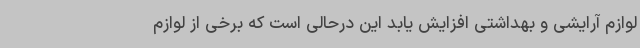
لوازم آرایشی و بهداشتی افزایش یابد این درحالی است که برخی از لوازم